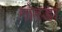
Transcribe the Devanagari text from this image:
गोरडा